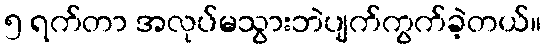
၅ ရက်တာ အလုပ်မသွားဘဲပျက်ကွက်ခဲ့တယ်။